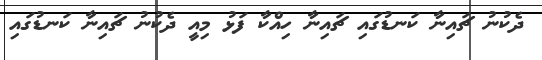
ދެކުނު ޗައިނާ ކަނޑުގައި ޗައިނާ ހިއްކާ ފަޅު މިއީ ދެކުނު ޗައިނާ ކަނޑުގައި